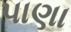
પાણા